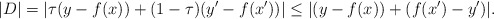
\begin{align*} |D| = |\tau(y - f(x)) + (1-\tau)(y' - f(x'))|\leq |(y - f(x)) + (f(x') - y')|.\end{align*}